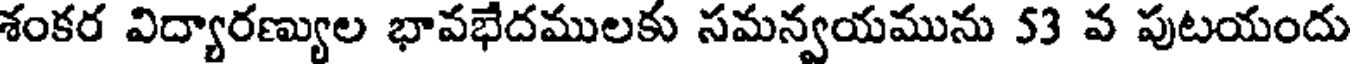
శంకర విద్యారణ్యుల భావభేదములకు సమన్వయమును 53 వ పుటయందు